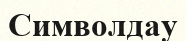
Символдау